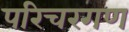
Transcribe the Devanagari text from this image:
परिचरगण